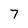
Character: 7